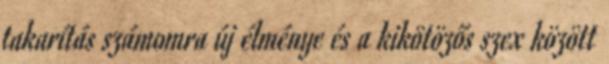
takarítás számomra új élménye és a kikötözős szex között